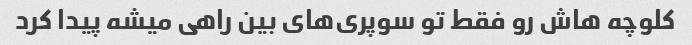
کلوچه هاش رو فقط تو سوپری‌های بین راهی میشه پیدا کرد